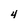
Character: 4